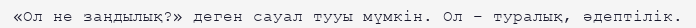
«Ол не заңдылық?» деген сауал тууы мүмкін. Ол – туралық, әдептілік.